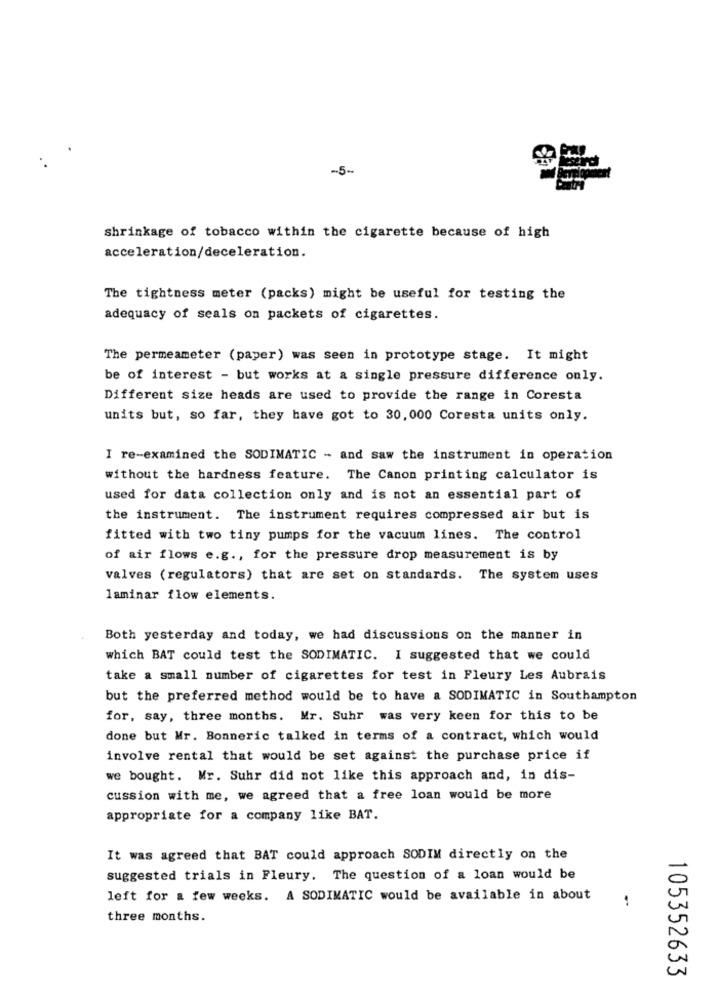
-5-
shrinkage of tobacco within the cigarette because of high
acceleration/deceleration.
The tightness meter (packs) might be useful for testing the
adequacy of seals on packets of cigarettes.
The permeameter (paper) was seen in prototype stage. It might
be of interest - but works at a single pressure difference only.
Different size heads are used to provide the range in Coresta
units but, so far, they have got to 30, 000 Coresta units only.
I re-examined the SODIMATIC - and saw the instrument in operation
without the hardness feature. The Canon printing calculator is
used for data collection only and is not an essential part of
the instrument. The instrument requires compressed air but is
fitted with two tiny pumps for the vacuum lines. The control
of air flows e.g ., for the pressure drop measurement is by
valves (regulators) that are set on standards. The system uses
laminar flow elements.
Both yesterday and today, we had discussions on the manner in
which BAT could test the SODIMATIC. I suggested that we could
take a small number of cigarettes for test in Fleury Les Aubrais
but the preferred method would be to have a SODIMATIC in Southampton
for, say, three months. Mr. Suhr was very keen for this to be
done but Mr. Bonneric talked in terms of a contract, which would
involve rental that would be set against the purchase price if
we bought. Mr. Suhr did not like this approach and, in dis-
cussion with me, we agreed that a free loan would be more
appropriate for a company like BAT.
It was agreed that BAT could approach SODIM directly on the
suggested trials in Fleury. The question of a loan would be
left for a few weeks. A SODIMATIC would be available in about
three months.
105352633